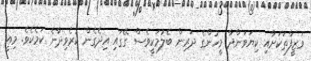
ވަޒީފާތަކަށާއި ކިޔަވަންދާ މީހުންގެ ދަރިން ބެލުމަކީވެސް ގޭގައި އިދެގެން ކުރެވިދާނެ ކަމެކެވެ. މިއީ